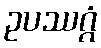
ဥပဿဂ္ဂံ